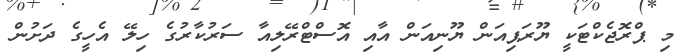
މި ޕްރޮޖެކްޓަކީ ޔޫރަޕިއަން ޔޫނިއަން އާއި އޮސްޓްރޭލިއާ ސަރުކާރުގެ ހިލޭ އެހީގެ ދަށުން